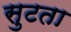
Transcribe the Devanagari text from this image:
सुटता